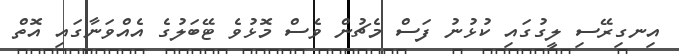
އިނގިރޭސި ލީގުގައި ކުޅުނު ފަސް މެޗުން ވެސް މޮޅުވެ ޓޭބަލުގެ އެއްވަނާގައި އޮތް